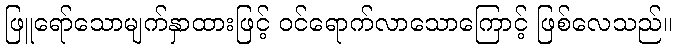
ဖြူရော်သောမျက်နှာထားဖြင့် ဝင်ရောက်လာသောကြောင့် ဖြစ်လေသည်။